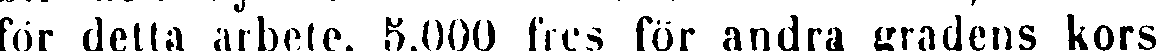
för detta arbete, 5,000 frcs för andra gradens kors